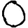
Digit: 0